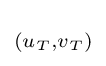
\scriptstyle (u_{T},v_{T})